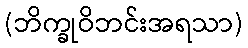
(ဘိက္ခုဝိဘင်းအရသာ)